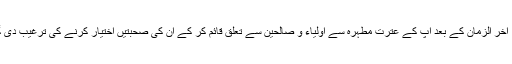
نبی ٔ آخر الزمان کے بعد آپ کے عترتِ مطہرہ سے اولیاء و صالحین سے تعلق قائم کر کے ان کی صحبتیں اختیار کرنے کی ترغیب دی گئی۔